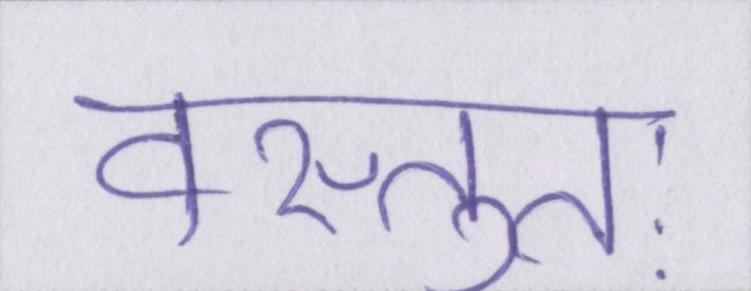
वस्तुतः